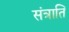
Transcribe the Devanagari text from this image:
संत्राति